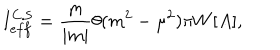
LaTeX: I _ { e f f } ^ { \mathrm { C . S } } = \frac { m } { | m | } \theta ( m ^ { 2 } - \mu ^ { 2 } ) \pi W [ A ] ,